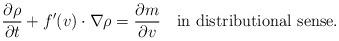
LaTeX: \begin{align*}\frac{\partial\rho}{\partial t}+f'(v)\cdot\nabla\rho=\frac{\partial m}{\partial v}\quad\mbox{in distributional sense}.\end{align*}